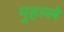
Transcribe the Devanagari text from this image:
मुहल्‍ले